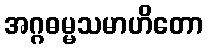
အဂ္ဂဓမ္မသမာဟိတော